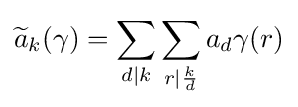
{\widetilde {a}}_{k}(\gamma )=\sum _{d|k}\sum _{r|{\frac {k}{d}}}a_{d}\gamma (r)